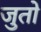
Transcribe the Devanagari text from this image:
जुतो